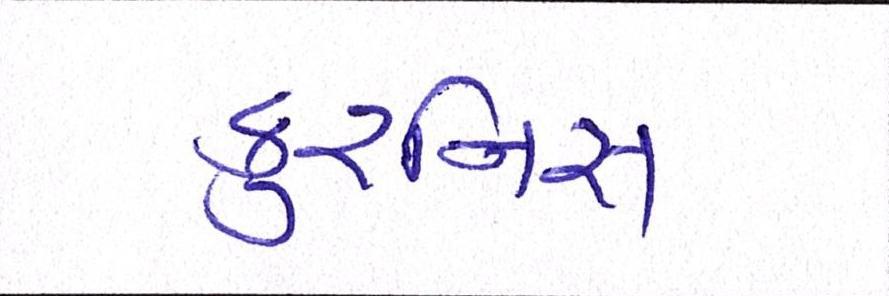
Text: કુરનિસ